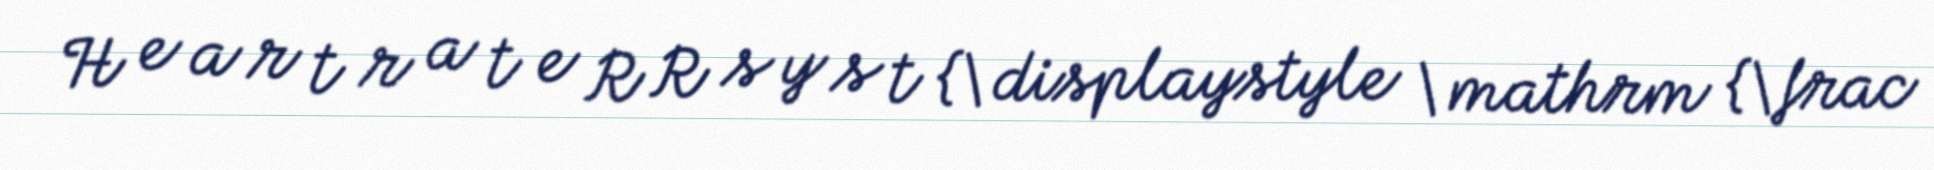
H e a r t r a t e R R s y s t {\displaystyle \mathrm {\frac